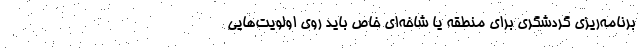
برنامه‌ریزی گردشگری برای منطقه‌ یا شاخه‌ای خاص باید روی اولویت‌هایی